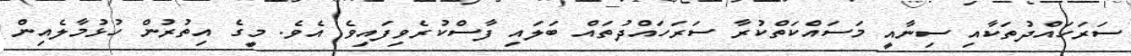
ސަރަހައްދުތަކާއި ސިނާއީ މަސައްކަތްކުރާ ސަރަހައްދުތައް ބަލައި ފާސްކުރެވިފައިވެ އެވެ. މީގެ އިތުރުން ހުޅުމާލެއިން